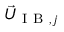
\vec { U } _ { \mathrm { ~ I ~ B ~ } , j }